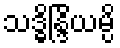
သဒ္ဓိန္ဒြိယမ္ပိ